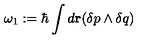
\omega _ { 1 } : = \hbar \int d { \bf r } ( \delta p \wedge \delta q )